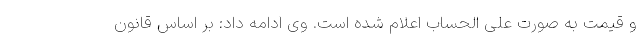
و قیمت به صورت علی الحساب اعلام شده است. وی ادامه داد: بر اساس قانون